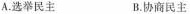
A.选举民主 B.协商民主